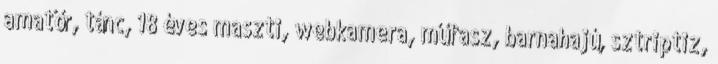
amatőr, tánc, 18 éves maszti, webkamera, műfasz, barnahajú, sztriptiz,